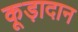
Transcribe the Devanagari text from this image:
कूड़ादान